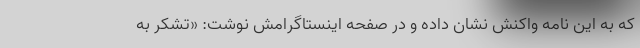
که به این نامه واکنش نشان داده و در صفحه اینستاگرامش نوشت: «تشکر به